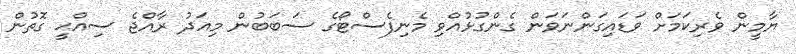
ޔާމީން ވެރިކަމަށް ވަޑައިގަންނަވަން ގެންގުޅުއްވި މެނިފެސްޓޯގެ ސަބަބުން މިއަދު ރާއްޖެ ސިއްޙީ ގޮތުން